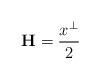
LaTeX: \begin{align*}{\bf H}=\dfrac{x^{\perp}}{2}\end{align*}